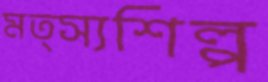
মত্স্যশিল্প